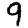
Digit: 9